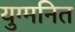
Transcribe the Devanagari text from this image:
युग्‍मनित